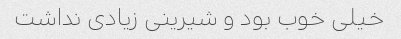
خیلی خوب بود و شیرینی زیادی نداشت